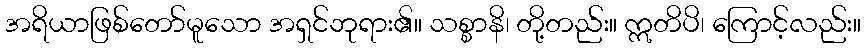
အရိယာဖြစ်တော်မူသော အရှင်ဘုရား၏။ သစ္စာနိ၊ တို့တည်း။ ဣတိပိ၊ ကြောင့်လည်း။